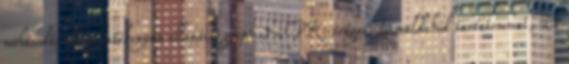
mohásodás ellen hatékonyan ellenálló gyep NPK-trágya, formaldehid tartalommal, 22